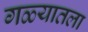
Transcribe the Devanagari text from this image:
गळ्यातला